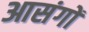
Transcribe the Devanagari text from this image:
आसंगों